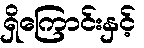
ရှိကြောင်းနှင့်